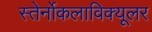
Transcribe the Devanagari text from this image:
स्तेर्नोकलाविक्यूलर